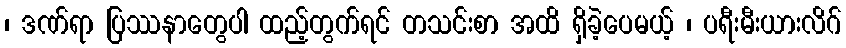
၊ ဒဏ်ရာ ပြဿနာတွေပါ ထည့်တွက်ရင် တသင်းစာ အထိ ရှိခဲ့ပေမယ့် ၊ ပရီးမီးယားလိဂ်